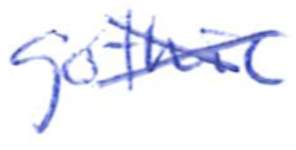
Text: gothic
Cross-out: cross
Writing tool: ballpoint